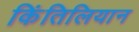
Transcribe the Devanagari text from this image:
किंतिलियान